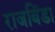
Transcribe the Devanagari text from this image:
राजबिंडा